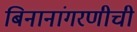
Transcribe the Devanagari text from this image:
बिनानांगरणीची